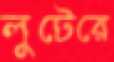
লুটেরে